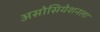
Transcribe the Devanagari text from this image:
असोसियेशनला